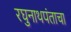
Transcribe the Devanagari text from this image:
रघुनाथपंताचा